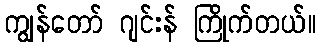
ကျွန်တော် ဂျင်းန် ကြိုက်တယ်။